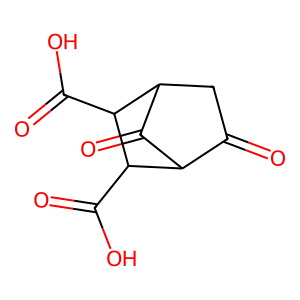
SMILES: O=C1CC2C(=O)C1C(C(=O)O)C2C(=O)O
Inhibits HIV replication: No